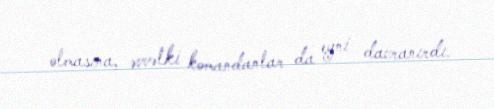
olmasına, əvvəlki komandanlar da eyni davranırdı.